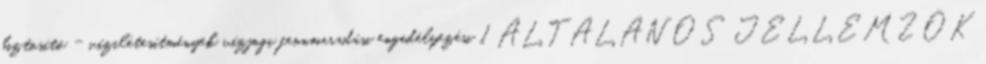
biztosító - vízilétesítmények vízjogi fennmaradási engedélyezési 1 ÁLTALÁNOS JELLEMZŐK